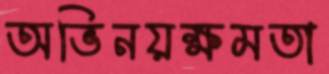
অভিনয়ক্ষমতা